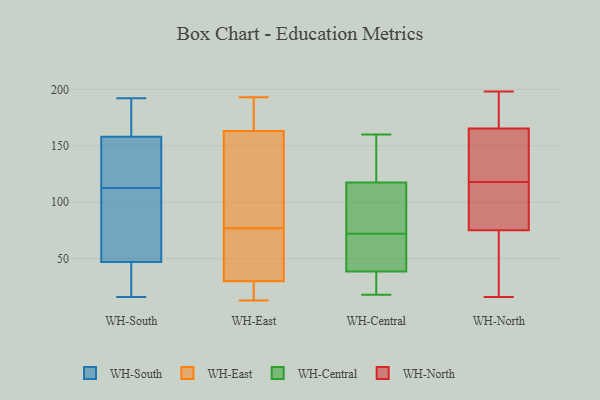
{"axis": {"x": "Conversion Rate (%)", "y": "Value"}, "legend": ["WH-Central", "WH-East", "WH-North", "WH-South"], "data": [{"x": "", "y": 108, "type": "WH-South"}, {"x": "", "y": 51, "type": "WH-South"}, {"x": "", "y": 83, "type": "WH-South"}, {"x": "", "y": 110, "type": "WH-South"}, {"x": "", "y": 33, "type": "WH-South"}, {"x": "", "y": 192, "type": "WH-South"}, {"x": "", "y": 160, "type": "WH-South"}, {"x": "", "y": 191, "type": "WH-South"}, {"x": "", "y": 192, "type": "WH-South"}, {"x": "", "y": 142, "type": "WH-South"}, {"x": "", "y": 43, "type": "WH-South"}, {"x": "", "y": 150, "type": "WH-South"}, {"x": "", "y": 115, "type": "WH-South"}, {"x": "", "y": 72, "type": "WH-South"}, {"x": "", "y": 156, "type": "WH-South"}, {"x": "", "y": 188, "type": "WH-South"}, {"x": "", "y": 21, "type": "WH-South"}, {"x": "", "y": 16, "type": "WH-South"}, {"x": "", "y": 118, "type": "WH-South"}, {"x": "", "y": 37, "type": "WH-South"}, {"x": "", "y": 177, "type": "WH-East"}, {"x": "", "y": 13, "type": "WH-East"}, {"x": "", "y": 16, "type": "WH-East"}, {"x": "", "y": 51, "type": "WH-East"}, {"x": "", "y": 95, "type": "WH-East"}, {"x": "", "y": 30, "type": "WH-East"}, {"x": "", "y": 59, "type": "WH-East"}, {"x": "", "y": 99, "type": "WH-East"}, {"x": "", "y": 193, "type": "WH-East"}, {"x": "", "y": 163, "type": "WH-East"}, {"x": "", "y": 145, "type": "WH-Central"}, {"x": "", "y": 18, "type": "WH-Central"}, {"x": "", "y": 93, "type": "WH-Central"}, {"x": "", "y": 105, "type": "WH-Central"}, {"x": "", "y": 21, "type": "WH-Central"}, {"x": "", "y": 48, "type": "WH-Central"}, {"x": "", "y": 123, "type": "WH-Central"}, {"x": "", "y": 112, "type": "WH-Central"}, {"x": "", "y": 160, "type": "WH-Central"}, {"x": "", "y": 32, "type": "WH-Central"}, {"x": "", "y": 150, "type": "WH-Central"}, {"x": "", "y": 18, "type": "WH-Central"}, {"x": "", "y": 79, "type": "WH-Central"}, {"x": "", "y": 45, "type": "WH-Central"}, {"x": "", "y": 52, "type": "WH-Central"}, {"x": "", "y": 65, "type": "WH-Central"}, {"x": "", "y": 45, "type": "WH-North"}, {"x": "", "y": 137, "type": "WH-North"}, {"x": "", "y": 197, "type": "WH-North"}, {"x": "", "y": 52, "type": "WH-North"}, {"x": "", "y": 84, "type": "WH-North"}, {"x": "", "y": 21, "type": "WH-North"}, {"x": "", "y": 16, "type": "WH-North"}, {"x": "", "y": 187, "type": "WH-North"}, {"x": "", "y": 128, "type": "WH-North"}, {"x": "", "y": 118, "type": "WH-North"}, {"x": "", "y": 198, "type": "WH-North"}, {"x": "", "y": 91, "type": "WH-North"}, {"x": "", "y": 83, "type": "WH-North"}, {"x": "", "y": 192, "type": "WH-North"}, {"x": "", "y": 158, "type": "WH-North"}, {"x": "", "y": 137, "type": "WH-North"}, {"x": "", "y": 115, "type": "WH-North"}]}